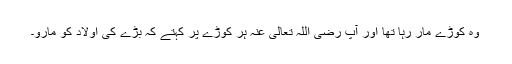
وہ کوڑے مار رہا تھا اور آپ رضی اللہ تعالیٰ عنہ ہر کوڑے پر کہتے کہ بڑے کی اولاد کو مارو۔